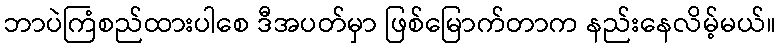
ဘာပဲကြံစည်ထားပါစေ ဒီအပတ်မှာ ဖြစ်မြောက်တာက နည်းနေလိမ့်မယ်။